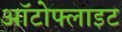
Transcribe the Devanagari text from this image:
ऑटोफ्लाइट